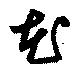
花